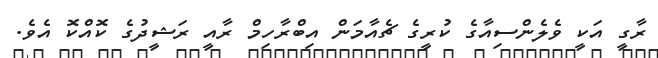
ރާގީ އަކީ ވެލެންސިއާގެ ކުރީގެ ޗެއާމަން އިބްރާހިމް ރާއީ ރަޝީދުގެ ކޮއްކޮ އެވެ.